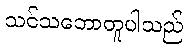
သင်သဘောတူပါသည်